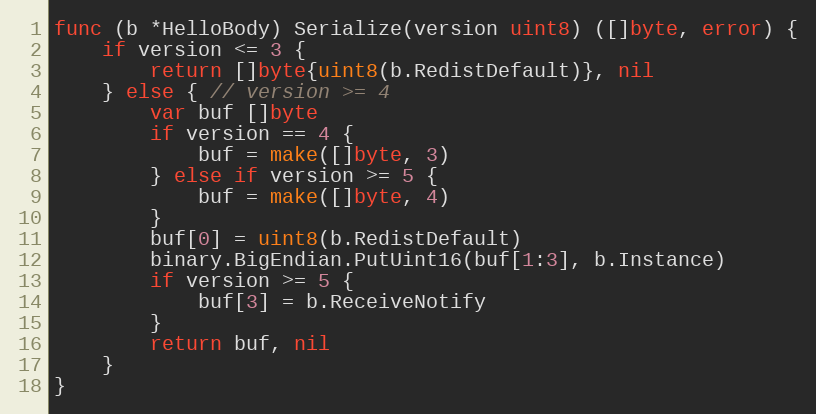
Language: Go
func (b *HelloBody) Serialize(version uint8) ([]byte, error) {
	if version <= 3 {
		return []byte{uint8(b.RedistDefault)}, nil
	} else { // version >= 4
		var buf []byte
		if version == 4 {
			buf = make([]byte, 3)
		} else if version >= 5 {
			buf = make([]byte, 4)
		}
		buf[0] = uint8(b.RedistDefault)
		binary.BigEndian.PutUint16(buf[1:3], b.Instance)
		if version >= 5 {
			buf[3] = b.ReceiveNotify
		}
		return buf, nil
	}
}